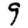
Digit: 9